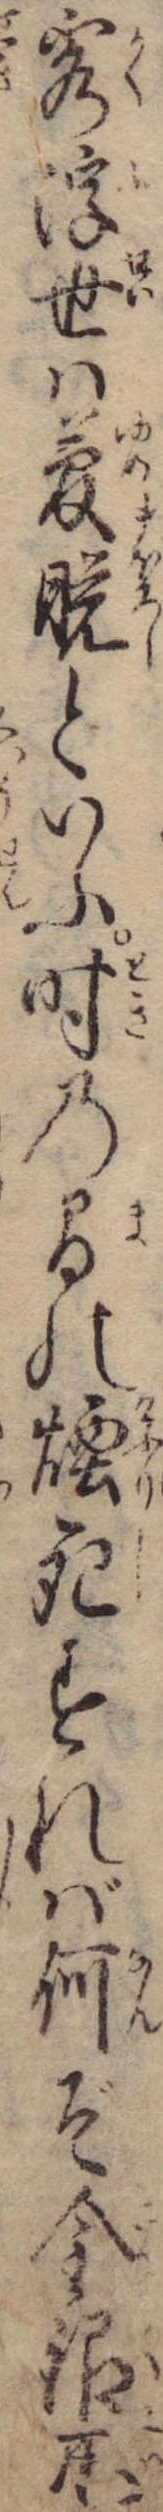
客浮世は夢といふ時の間の煙死すれば何ぞ金銀瓦